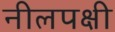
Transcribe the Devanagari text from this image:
नीलपक्षी